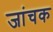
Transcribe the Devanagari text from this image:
जांचक